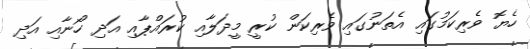
ހެޔޮ ވެރިކަމުގައި އެތަނުގައި ވެރިކަން ކުރީ މީދަލާއި ކުރައްޕާއި އަދި ހޯނާއި އަދި